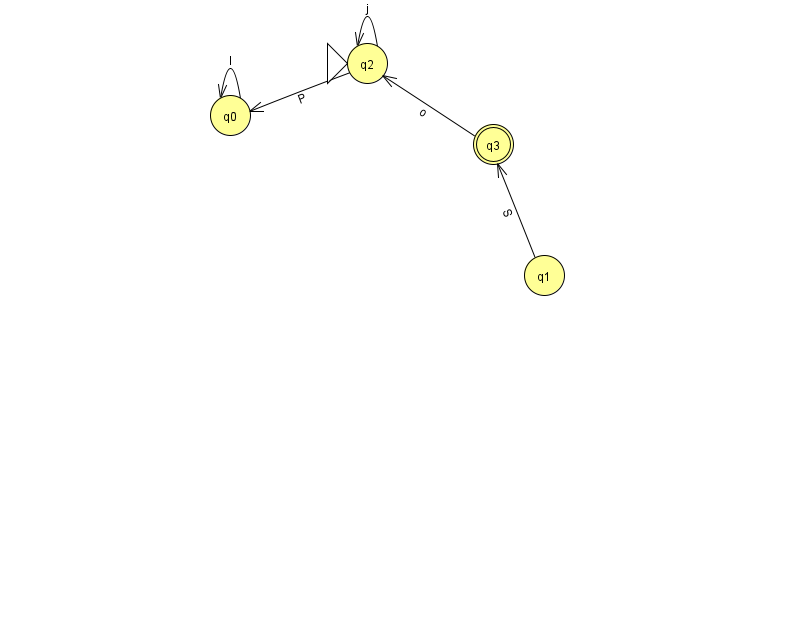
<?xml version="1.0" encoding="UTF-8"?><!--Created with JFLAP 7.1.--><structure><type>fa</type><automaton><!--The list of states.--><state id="0" name="q0"><x>230.0</x><y>102.0</y></state><state id="1" name="q1"><x>544.0</x><y>262.0</y></state><state id="2" name="q2"><x>367.0</x><y>50.0</y><initial/></state><state id="3" name="q3"><x>493.0</x><y>131.0</y><final/></state><!--The list of transitions.--><transition><from>3</from><to>2</to><read>o</read></transition><transition><from>2</from><to>2</to><read>j</read></transition><transition><from>1</from><to>3</to><read>S</read></transition><transition><from>2</from><to>0</to><read>P</read></transition><transition><from>0</from><to>0</to><read>l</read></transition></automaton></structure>